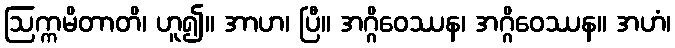
ဩက္ကမိတာတိ၊ ဟူ၍။ အာဟ၊ ပြီ။ အဂ္ဂိဝေဿန၊ အဂ္ဂိဝေဿန။ အဟံ၊